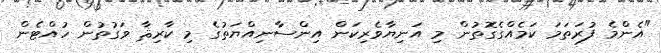
"އެންމެ ފުރަތަމަ ކަމެއްގެގޮތުން މި އަނިޔާވެރިކަން އިންސާނިއްޔަތުގެ މި ކާރިޘާ ވަގުތުން ހުއްޓެން